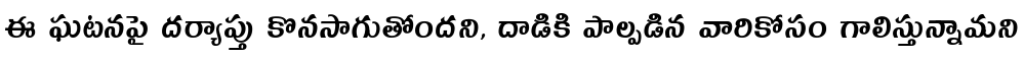
ఈ ఘటనపై దర్యాప్తు కొనసాగుతోందని, దాడికి పాల్పడిన వారికోసం గాలిస్తున్నామని